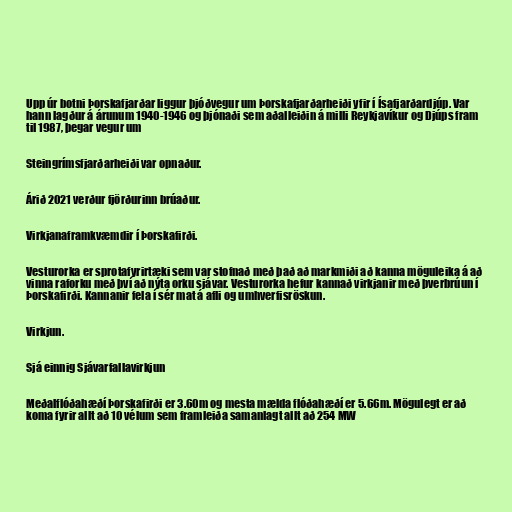
Upp úr botni Þorskafjarðar liggur þjóðvegur um Þorskafjarðarheiði yfir í Ísafjarðardjúp. Var
hann lagður á árunum 1940-1946 og þjónaði sem aðalleiðin á milli Reykjavíkur og Djúps fram
til 1987, þegar vegur um

Steingrímsfjarðarheiði var opnaður.

Árið 2021 verður fjörðurinn brúaður.

Virkjanaframkvæmdir í Þorskafirði.

Vesturorka er sprotafyrirtæki sem var stofnað með það að markmiði að kanna möguleika á að
vinna raforku með því að nýta orku sjávar. Vesturorka hefur kannað virkjanir með þverbrúun í
Þorskafirði. Kannanir fela í sér mat á afli og umhverfisröskun.

Virkjun.

Sjá einnig Sjávarfallavirkjun

Meðalflóðahæðí Þorskafirði er 3.60m og mesta mælda flóðahæðí er 5.66m. Mögulegt er að
koma fyrir allt að 10 vélum sem framleiða samanlagt allt að 254 MW